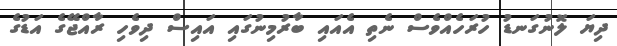
ދިޔަ ލޮނުގަނޑު ހުރަހެއްވެސް ނެތި އެއައި ބާރުމިނުގައި އައިސް ދިވެހި ރާއްޖޭގެ އަޑުގެ